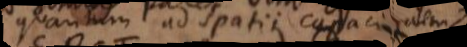
quantum ad spatii capacitatem